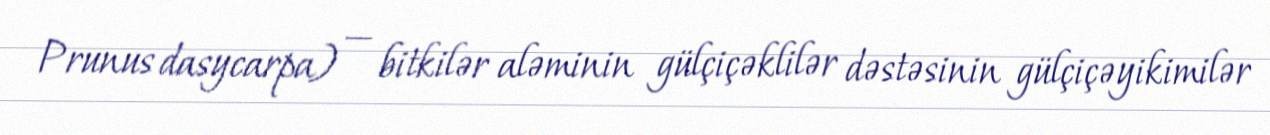
Prunus dasycarpa) — bitkilər aləminin gülçiçəklilər dəstəsinin gülçiçəyikimilər